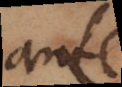
ante